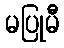
မပြုမီ